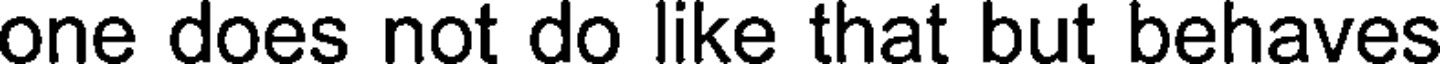
one does not do like that but behaves